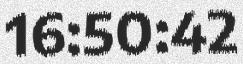
16:50:42